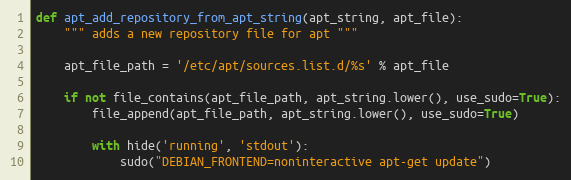
Language: Python
def apt_add_repository_from_apt_string(apt_string, apt_file):
    """ adds a new repository file for apt """

    apt_file_path = '/etc/apt/sources.list.d/%s' % apt_file

    if not file_contains(apt_file_path, apt_string.lower(), use_sudo=True):
        file_append(apt_file_path, apt_string.lower(), use_sudo=True)

        with hide('running', 'stdout'):
            sudo("DEBIAN_FRONTEND=noninteractive apt-get update")